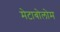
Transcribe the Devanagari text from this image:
मेटाबोलोम